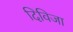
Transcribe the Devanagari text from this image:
दिविजा